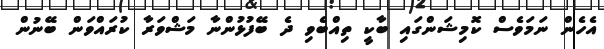
އެހެން ނަމަވެސް ކޮމިޝަންގައި ބާކީ ތިއްބެވި ދެ ބޭފުޅުންނާ މަޝްވަރާ ކުރައްވަން ބޭނުން